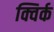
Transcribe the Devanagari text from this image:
क्विर्क